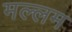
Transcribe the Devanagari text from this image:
मल्लम